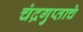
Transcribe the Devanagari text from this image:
चंद्रगुप्ताचे